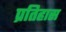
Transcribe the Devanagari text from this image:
प्रतिहास